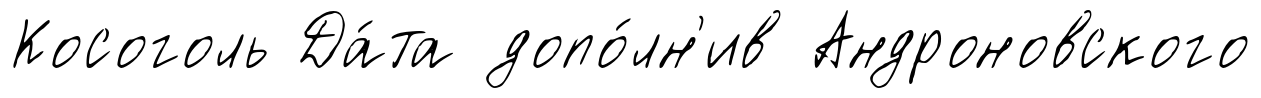
Косоголь Да́та допо́лн'ив Андроновского